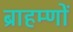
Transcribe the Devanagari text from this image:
ब्राहम्‍णों